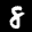
Label: 8